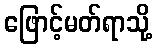
ဖြောင့်မတ်ရာသို့